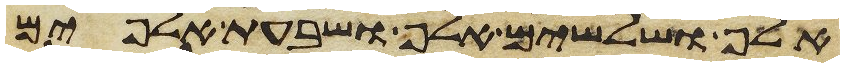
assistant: אלף ושלשים אלף ושבעת אלפים